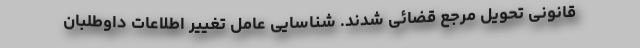
قانونی تحویل مرجع قضائی شدند. شناسایی عامل تغییر اطلاعات داوطلبان